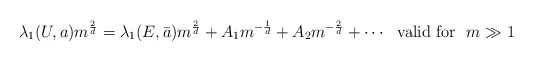
\begin{align*} \lambda_1(U,a)m^{\frac{2}{d}} = \lambda_1(E,\bar{a})m^{\frac{2}{d}} + A_1m^{-\frac{1}{d}} + A_2m^{-\frac{2}{d}} +\cdots \ \hbox{ valid for } \ m \gg 1 \end{align*}